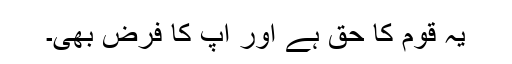
یہ قوم کا حق ہے اور آپ کا فرض بھی۔